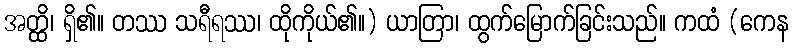
အတ္ထိ၊ ရှိ၏။ တဿ သရီရဿ၊ ထိုကိုယ်၏။) ယာတြာ၊ ထွက်မြောက်ခြင်းသည်။ ကထံ (ကေန